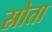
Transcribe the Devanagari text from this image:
स्रोता